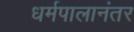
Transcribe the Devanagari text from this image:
धर्मपालानंतर